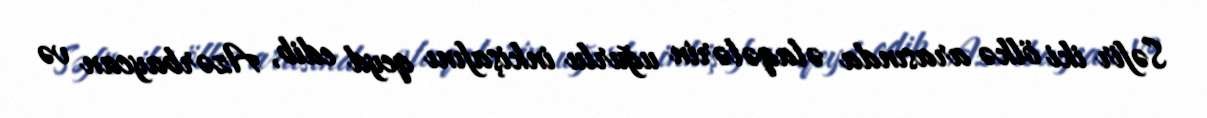
Səfir iki ölkə arasında əlaqələrin uğurlu inkişafını qeyd edib, Azərbaycan və